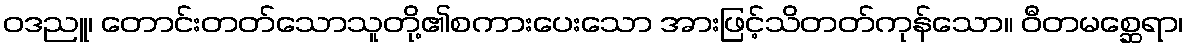
ဝဒညူ၊ တောင်းတတ်သောသူတို့၏စကားပေးသော အားဖြင့်သိတတ်ကုန်သော။ ဝီတမစ္ဆေရာ၊